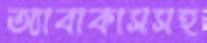
অ্যাবাকাসসহ